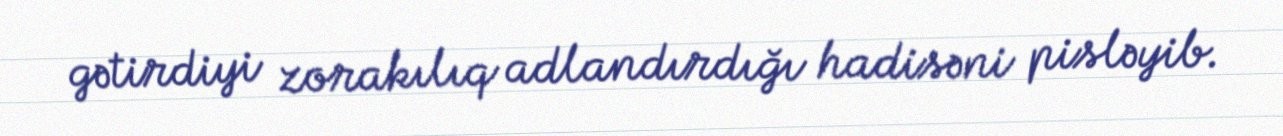
gətirdiyi zorakılıq adlandırdığı hadisəni pisləyib.